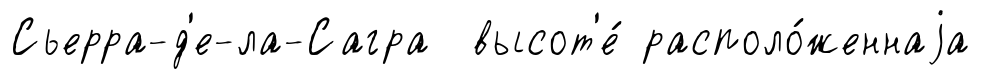
Сьерра-д'е-ла-Сагра высот'е́ располо́женнаjа